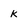
Character: k